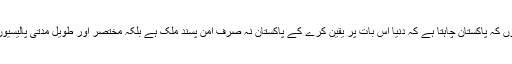
انہوں نے کہا کہ اب پاکستان میں اس قسم کی تنظیموں کی کوئی گنجائش نہیں کیوں کہ پاکستان چاہتا ہے کہ دنیا اس بات پر یقین کرے کے پاکستان نہ صرف امن پسند ملک ہے بلکہ مختصر اور طویل مدتی پالیسیوں کی بدولت ’جہادی‘ کلچر اور دہشت گردی ختم کرنے کے لیے بھی مخلص ہے۔